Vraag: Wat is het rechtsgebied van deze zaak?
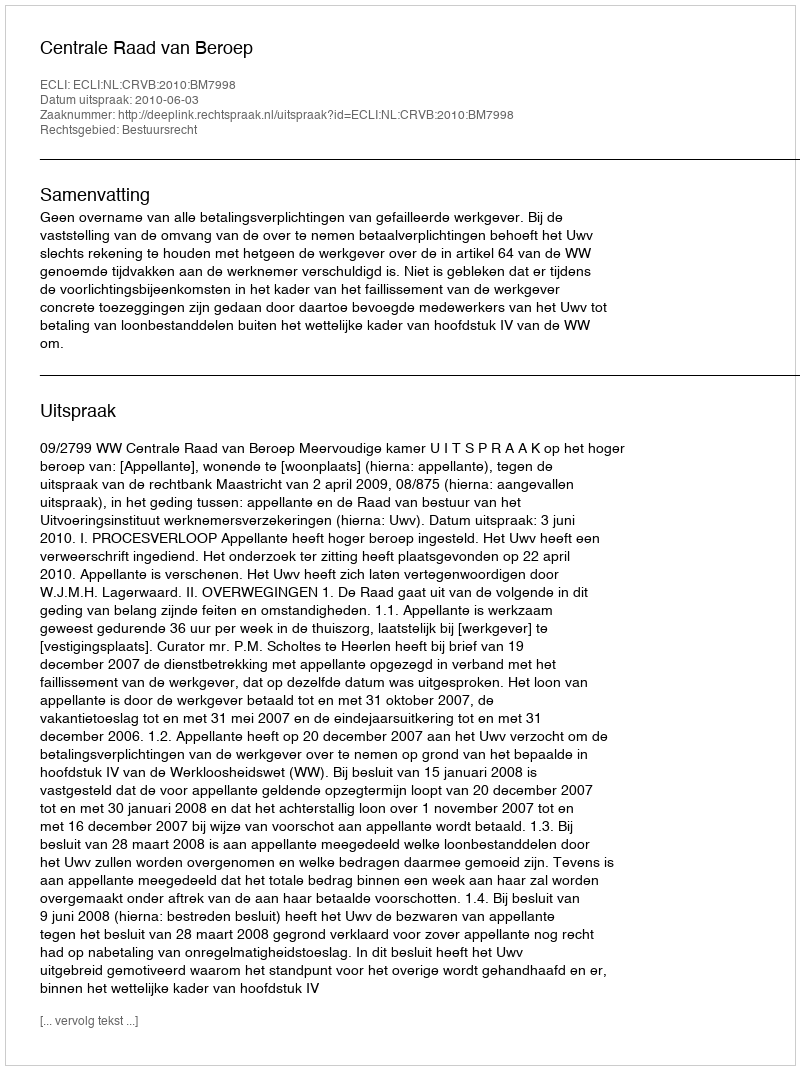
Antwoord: Bestuursrecht